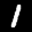
Label: 1